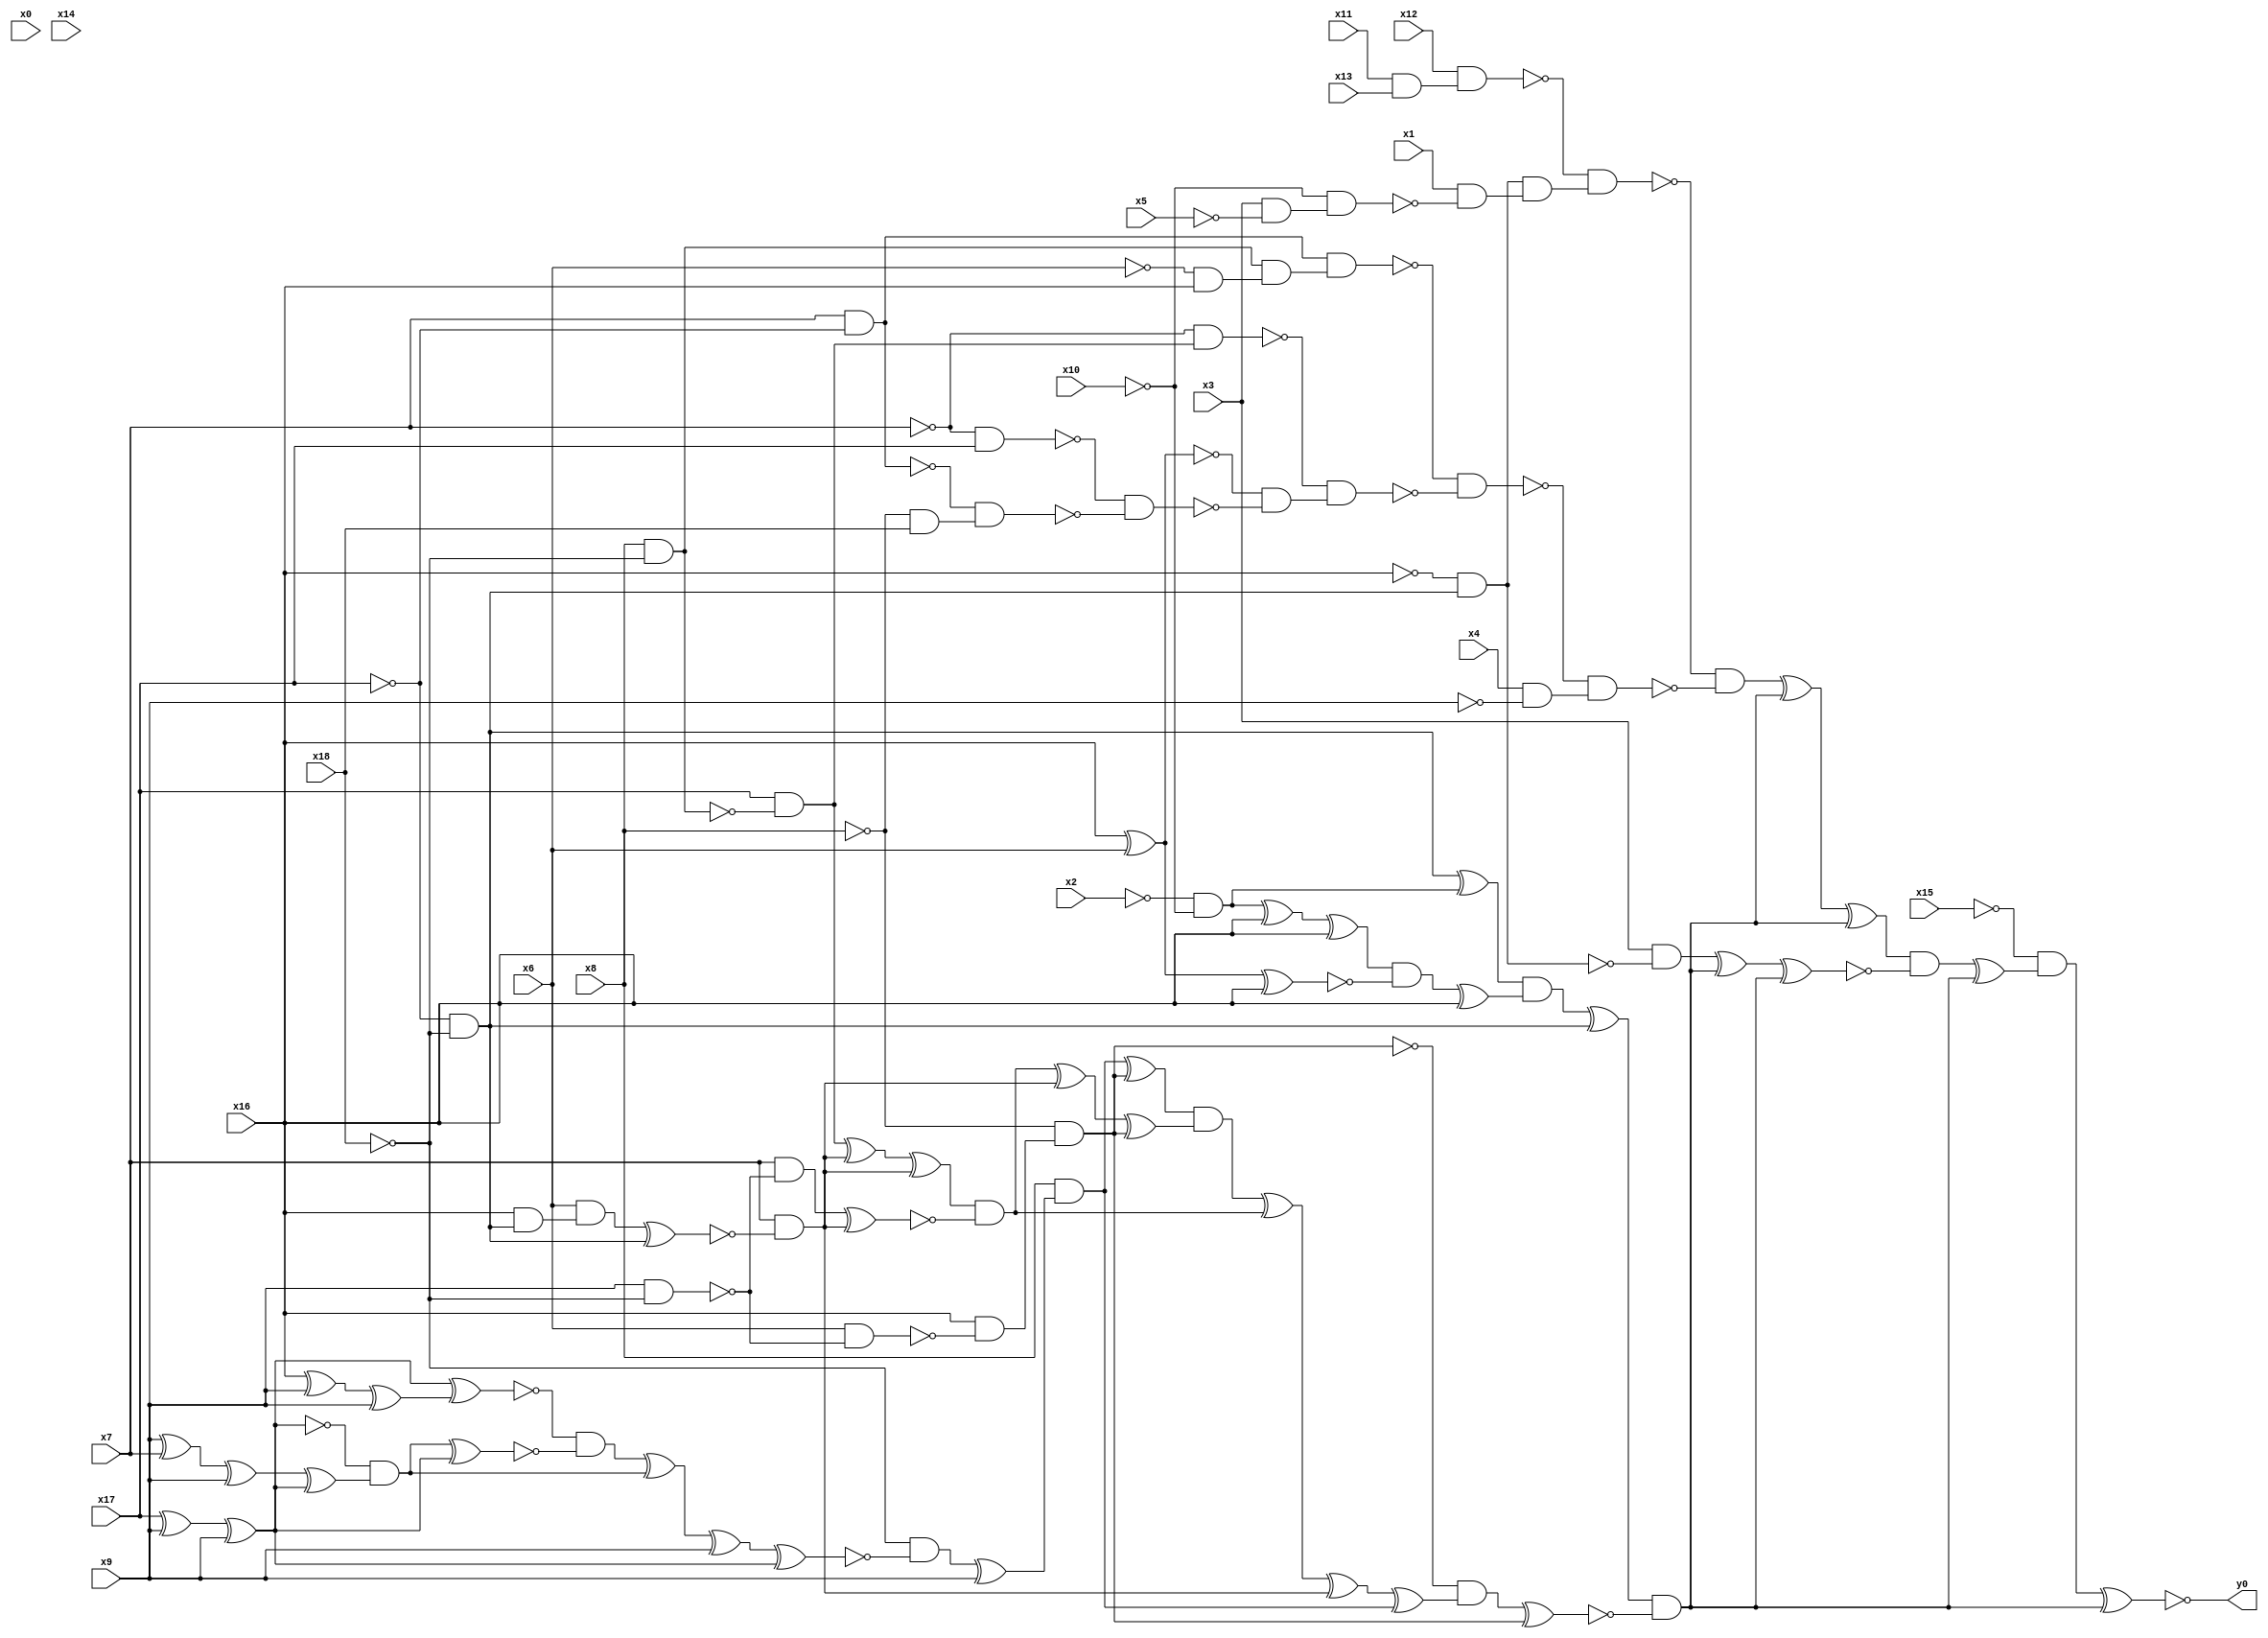
module top( x0 , x1 , x2 , x3 , x4 , x5 , x6 , x7 , x8 , x9 , x10 , x11 , x12 , x13 , x14 , x15 , x16 , x17 , x18 , y0 );
  input x0 , x1 , x2 , x3 , x4 , x5 , x6 , x7 , x8 , x9 , x10 , x11 , x12 , x13 , x14 , x15 , x16 , x17 , x18 ;
  output y0 ;
  wire n20 , n21 , n22 , n23 , n24 , n25 , n26 , n27 , n28 , n29 , n30 , n31 , n32 , n33 , n34 , n35 , n36 , n37 , n38 , n39 , n40 , n41 , n42 , n43 , n44 , n45 , n46 , n47 , n48 , n49 , n50 , n51 , n52 , n53 , n54 , n55 , n56 , n57 , n58 , n59 , n60 , n61 , n62 , n63 , n64 , n65 , n66 , n67 , n68 , n69 , n70 , n71 , n72 , n73 , n74 , n75 , n76 , n77 , n78 , n79 , n80 , n81 , n82 , n83 , n84 , n85 , n86 , n87 , n88 , n89 , n90 , n91 , n92 , n93 , n94 , n95 , n96 , n97 , n98 , n99 , n100 , n101 , n102 , n103 , n104 ;
  assign n73 = x11 & x13 ;
  assign n74 = x12 & n73 ;
  assign n21 = ~x17 & ~x18 ;
  assign n75 = ~x16 & n21 ;
  assign n76 = x3 & ~x5 ;
  assign n77 = ~x10 & n76 ;
  assign n78 = x1 & ~n77 ;
  assign n79 = n75 & n78 ;
  assign n80 = ~n74 & n79 ;
  assign n81 = x7 & ~x17 ;
  assign n57 = x8 & ~x18 ;
  assign n82 = ~x6 & x16 ;
  assign n83 = n57 & n82 ;
  assign n84 = n81 & n83 ;
  assign n58 = x17 & ~n57 ;
  assign n85 = ~x7 & n58 ;
  assign n25 = x16 ^ x6 ;
  assign n86 = ~x7 & x17 ;
  assign n87 = ~x8 & x18 ;
  assign n88 = ~n81 & n87 ;
  assign n89 = ~n86 & ~n88 ;
  assign n90 = ~n25 & ~n89 ;
  assign n91 = ~n85 & n90 ;
  assign n92 = ~n84 & ~n91 ;
  assign n93 = x4 & ~x9 ;
  assign n94 = ~n92 & n93 ;
  assign n95 = ~n80 & ~n94 ;
  assign n20 = ~x2 & ~x10 ;
  assign n22 = n21 ^ n20 ;
  assign n23 = n20 ^ x16 ;
  assign n24 = n23 ^ x16 ;
  assign n26 = n25 ^ x16 ;
  assign n27 = n24 & ~n26 ;
  assign n28 = n27 ^ x16 ;
  assign n29 = n22 & n28 ;
  assign n30 = n29 ^ n21 ;
  assign n31 = x9 & ~x18 ;
  assign n32 = x6 & ~n31 ;
  assign n33 = x16 & ~n32 ;
  assign n34 = ~x8 & n33 ;
  assign n37 = x17 ^ x9 ;
  assign n38 = n37 ^ x9 ;
  assign n35 = x16 ^ x9 ;
  assign n36 = n35 ^ x9 ;
  assign n39 = n38 ^ n36 ;
  assign n40 = x9 ^ x7 ;
  assign n41 = n40 ^ x9 ;
  assign n42 = n41 ^ n38 ;
  assign n43 = ~n38 & n42 ;
  assign n44 = n43 ^ n38 ;
  assign n45 = ~n39 & ~n44 ;
  assign n46 = n45 ^ n43 ;
  assign n47 = n46 ^ x9 ;
  assign n48 = n47 ^ n38 ;
  assign n49 = ~x18 & ~n48 ;
  assign n50 = n49 ^ x9 ;
  assign n51 = x8 & n50 ;
  assign n52 = n51 ^ n34 ;
  assign n53 = x16 & n21 ;
  assign n54 = x6 & n53 ;
  assign n55 = n54 ^ n21 ;
  assign n56 = x7 & ~n55 ;
  assign n59 = n58 ^ n56 ;
  assign n60 = n59 ^ n56 ;
  assign n61 = x7 & ~n31 ;
  assign n62 = n61 ^ n56 ;
  assign n63 = n60 & ~n62 ;
  assign n64 = n63 ^ n56 ;
  assign n65 = n64 ^ n34 ;
  assign n66 = n52 & n65 ;
  assign n67 = n66 ^ n63 ;
  assign n68 = n67 ^ n56 ;
  assign n69 = n68 ^ n51 ;
  assign n70 = ~n34 & n69 ;
  assign n71 = n70 ^ n34 ;
  assign n72 = n30 & ~n71 ;
  assign n96 = n95 ^ n72 ;
  assign n97 = n96 ^ n72 ;
  assign n98 = x3 & ~n75 ;
  assign n99 = n98 ^ n72 ;
  assign n100 = n99 ^ n72 ;
  assign n101 = n97 & ~n100 ;
  assign n102 = n101 ^ n72 ;
  assign n103 = ~x15 & n102 ;
  assign n104 = n103 ^ n72 ;
  assign y0 = ~n104 ;
endmodule